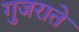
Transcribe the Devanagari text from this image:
गुजराते